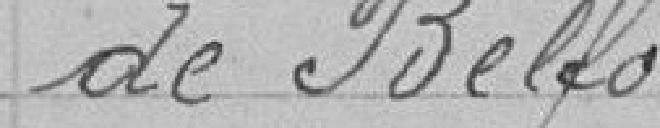
de Belfort